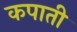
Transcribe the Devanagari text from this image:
कपाती